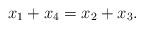
LaTeX: \begin{align*} x_1 + x_4 = x_2 + x_3. \end{align*}